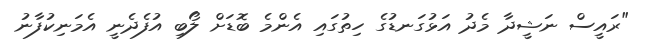
"ރައީސް ނަޝީދާ މެދު އަޅުގަނޑުގެ ހިތުގައި އެންމެ ބޮޑަށް ލޯބި އުފެދެނީ އެމަނިކުފާނު